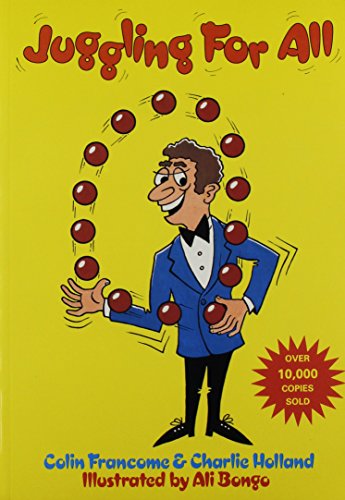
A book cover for Juggling for All; Colin Francome; Sports & Outdoors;